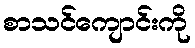
စာသင်ကျောင်းကို